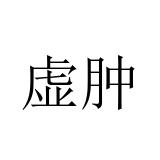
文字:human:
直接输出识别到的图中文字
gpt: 虚肿